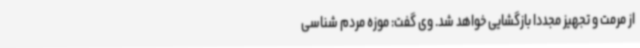
از مرمت و تجهیز مجددا بازگشایی خواهد شد. وی گفت: موزه مردم شناسی